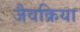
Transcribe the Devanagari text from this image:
जैवक्रिया